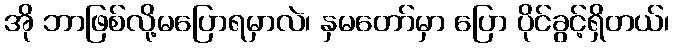
အို ဘာဖြစ်လို့မပြောရမှာလဲ၊ နှမတော်မှာ ပြော ပိုင်ခွင့်ရှိတယ်၊